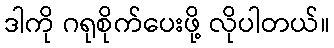
ဒါကို ဂရုစိုက်ပေးဖို့ လိုပါတယ်။